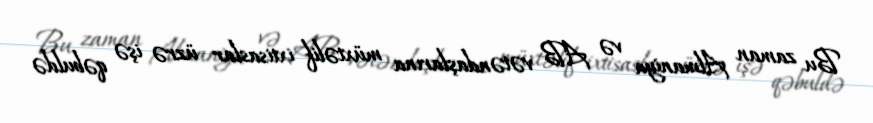
Bu zaman Almaniya və AB vətəndaşlarına müxtəlif ixtisaslar üzrə işə qəbuldə